Burma Government Medical School reports 1923-41
Year: 1923
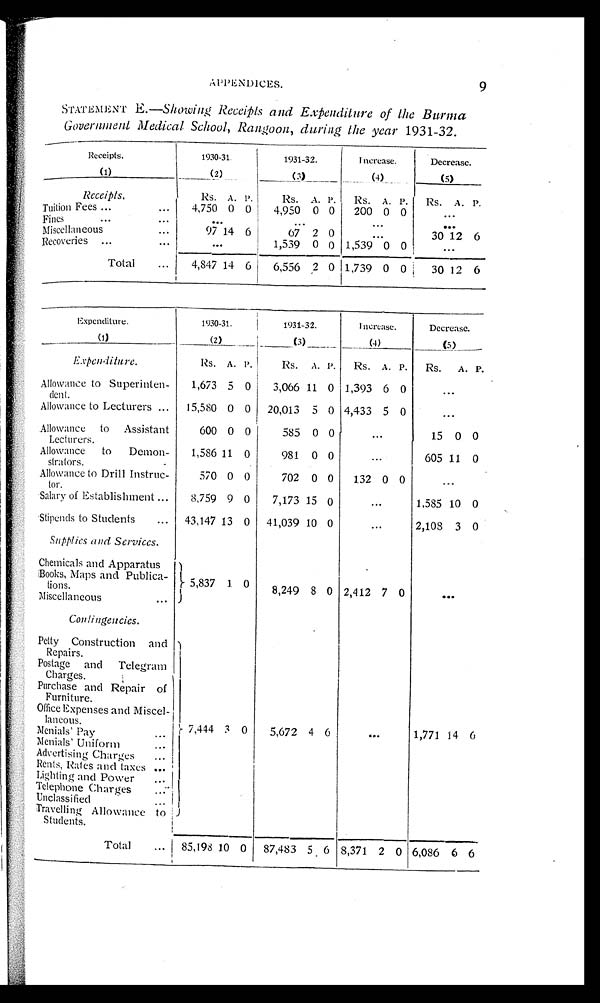
APPENDICES.
9
STATEMENT E. —Showing Receipts and Expenditure of the Burma
Government Medical School, Rangoon, during the year 1931-32.
Receipts.
(1)
1930-31
(2)
1931-32.
(3)
Increase.
(4)
Decrease.
(5)
Receipts.
R s . A .
P.
Rs. A.
P .
Rs. A. P. Rs. A. P.
Tuition Fees
4 , 7 5 0
0 0
4,950 0 0 200 0 0
...
Fines
. . . ...
. . .
. . .
Miscellaneous
97 14 6
67 2 0
...
30 12 6
Recoveries
. . .
1,539 0 0 1,539 0 0
. . .
Total
4,847 14 6
6,556 2
0
1 , 7 3 9
0 0
30 12 6
Expenditure.
(1)
1930-31
(2)
1931-32.
(3)
Increase.
(4)
Decrease.
(5)
Expenditure.
Rs. A. P.
Rs. A. P. Rs. A. P.
R s .
A. P.
Allowance to Superinten-
dent.
1,673 5 0
3,066 11 0 1,3
93
6 0
. . .
Allowance to Lecturers
15,580 0 0 20,013 5 0 4,433 5 0
. . .
Allowance to Assistant
Lecturers.
600 0 0
585 0 0
...
15 0 0
Allowance to Demon-
strators.
1,586 11 0
981 0 0
...
605 11 0
Allowance to Drill Instruc-
tor.
570 0 0
702 0 0
132 0 0
...
Salary of Establishment
8,759 9 0
7,173 15 0
...
1,585 10 0
Stipends to Students
43,147 13 0 41,039 10 0
...
2,108 3 0
Supplies and Services.
Chemicals and Apparatus
Books, Maps and Publica-
tions.
5 , 8 3 7
1 0
8,249 8 0 2,412 7 0
. . .
Miscellaneous
Contingencies.
Petty Construction and
Repairs.
7,444 3 0
5,672 4 6
. . .
1,771 14 6
Postage and Telegram
Charges.
Purchase and Repair of
Furniture.
Office Expenses and Miscel-
laneous.
Menials' Pay
Menials' Uniform
Advertising Charges
Rents, Rates and taxe
Lighting, and Power
Telephone Charges
Unclassified
Travelling Allowance to
Students.
Total
8 5 , 1 9 6 8
10 0 87,483 5 6 8,371 2 0 6,086 6 6